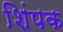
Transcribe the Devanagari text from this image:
शिंपक